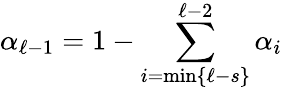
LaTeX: \alpha_{\ell-1}=1-\sum_{i=\operatorname*{min}\{ \ell-s\} }^{\ell-2}\alpha_{i}